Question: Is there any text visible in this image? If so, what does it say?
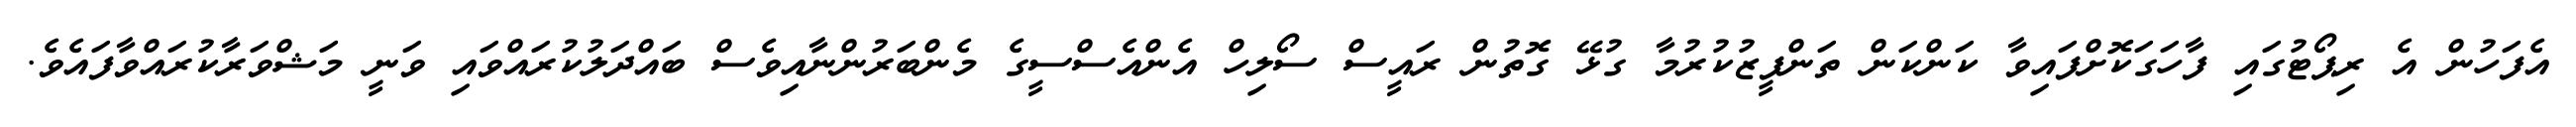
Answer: އެފަހުން އެ ރިޕޯޓުގައި ފާހަގަކޮށްފައިވާ ކަންކަން ތަންފީޒުކުރުމާ ގުޅޭ ގޮތުން ރައީސް ސޯލިހް އެންއެސްސީގެ މެންބަރުންނާއިވެސް ބައްދަލުކުރައްވައި ވަނީ މަޝްވަރާކުރައްވާފައެވެ.